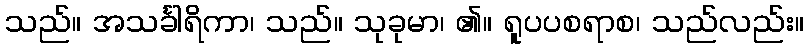
သည်။ အသင်္ခါရိကာ၊ သည်။ သုခုမာ၊ ၏။ ရူပပစရာစ၊ သည်လည်း။